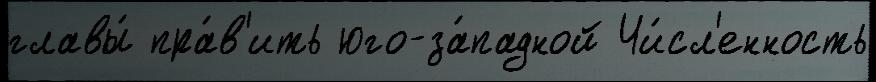
главы́ пра́в'ить юго-за́падной Чи́сл'енность